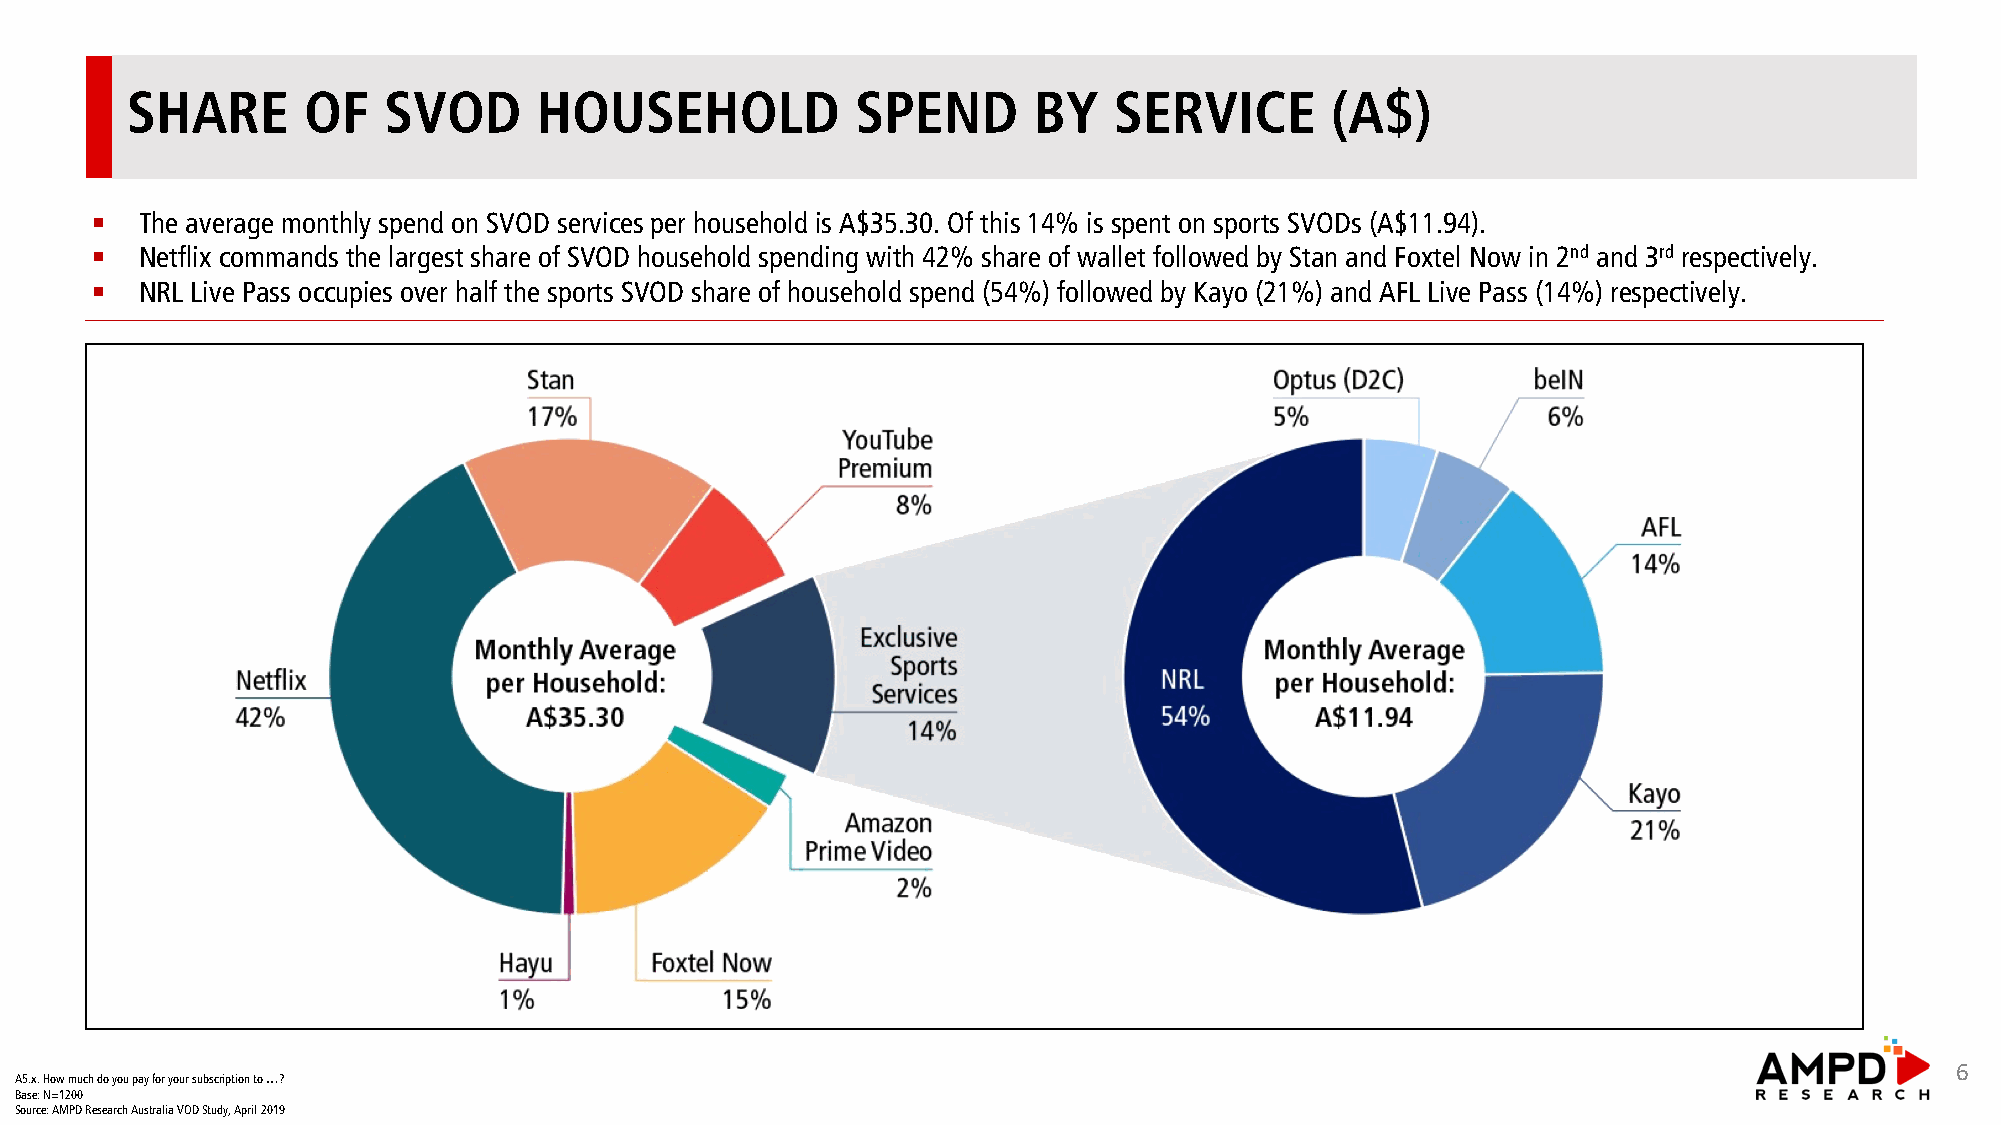
SHARE       OF   SVOD       HOUSEHOLD            SPEND      BY    SERVICE       (A$)
 §  The average monthly spend on SVOD services per household is A$35.30. Of this 14% is spent on sports SVODs (A$11.94).
 §  Netflix commands the largest share of SVOD household spending with 42% share of wallet followed by Stan and Foxtel Now in 2nd and 3rd respectively.
 §  NRL Live Pass occupies over half the sports SVOD share of household spend (54%) followed by Kayo (21%) and AFL Live Pass (14%) respectively.
 6
 A5.x. How much do you pay for your subscription to …?
 Base: N=1200
 Source: AMPD Research Australia VOD Study, April 2019